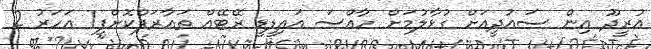
އުރީދޫ އިން ސައުދީއަށް ގުޅާލުމަށް ހާއްސަ އައިޑީޑީ ރޭޓޭއް ތައާރަފްކޮށްފި1 އަހަރު 2